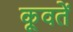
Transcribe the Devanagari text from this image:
कूवतें